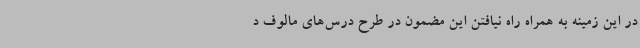
در این زمینه به همراه راه نیافتن این مضمون در طرح درس‌های مالوف د